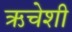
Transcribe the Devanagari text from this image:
ऋचेशी